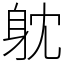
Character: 躭